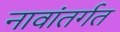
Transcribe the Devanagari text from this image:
नावांतर्गत